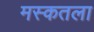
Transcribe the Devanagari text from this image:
मस्कतला